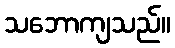
သဘောကျသည်။